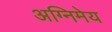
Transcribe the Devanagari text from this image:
अग्‍निमेय